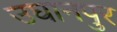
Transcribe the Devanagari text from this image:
उघानपुर